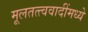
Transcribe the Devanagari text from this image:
मूलतत्त्ववादींमध्ये